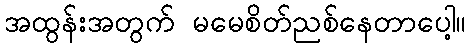
အထွန်းအတွက် မမေစိတ်ညစ်နေတာပေါ့။